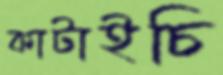
কাটাইচি